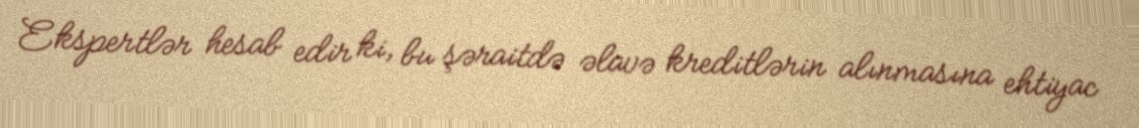
Ekspertlər hesab edir ki, bu şəraitdə əlavə kreditlərin alınmasına ehtiyac